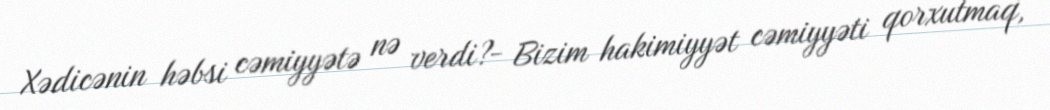
Xədicənin həbsi cəmiyyətə nə verdi?- Bizim hakimiyyət cəmiyyəti qorxutmaq,